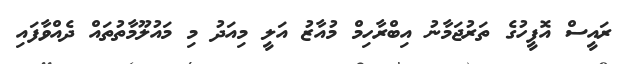
ރައީސް އޮފީހުގެ ތަރުޖަމާނު އިބްރާހިމް މުއާޒު އަލީ މިއަދު މި މައުލޫމާތުތައް ދެއްވާފައި